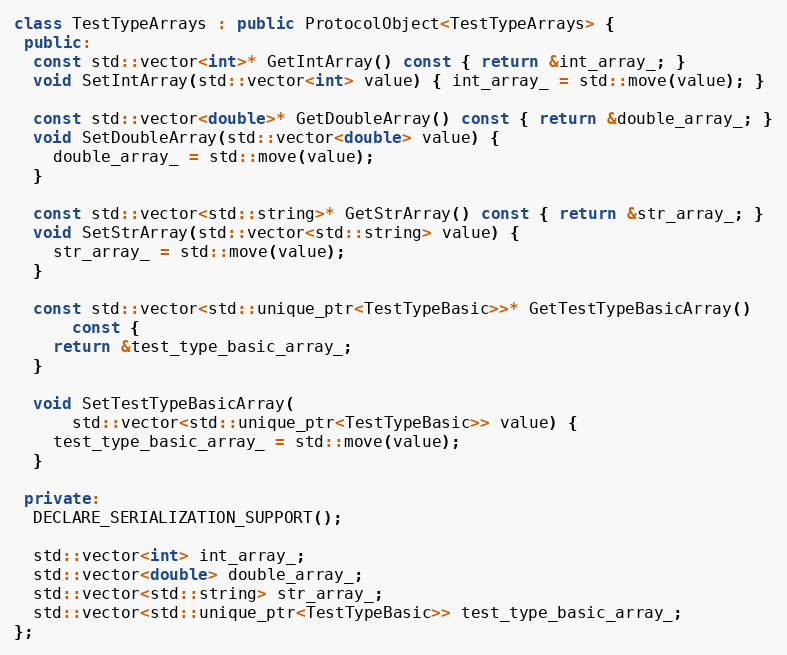
Language: C++
class TestTypeArrays : public ProtocolObject<TestTypeArrays> {
 public:
  const std::vector<int>* GetIntArray() const { return &int_array_; }
  void SetIntArray(std::vector<int> value) { int_array_ = std::move(value); }

  const std::vector<double>* GetDoubleArray() const { return &double_array_; }
  void SetDoubleArray(std::vector<double> value) {
    double_array_ = std::move(value);
  }

  const std::vector<std::string>* GetStrArray() const { return &str_array_; }
  void SetStrArray(std::vector<std::string> value) {
    str_array_ = std::move(value);
  }

  const std::vector<std::unique_ptr<TestTypeBasic>>* GetTestTypeBasicArray()
      const {
    return &test_type_basic_array_;
  }

  void SetTestTypeBasicArray(
      std::vector<std::unique_ptr<TestTypeBasic>> value) {
    test_type_basic_array_ = std::move(value);
  }

 private:
  DECLARE_SERIALIZATION_SUPPORT();

  std::vector<int> int_array_;
  std::vector<double> double_array_;
  std::vector<std::string> str_array_;
  std::vector<std::unique_ptr<TestTypeBasic>> test_type_basic_array_;
};